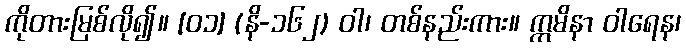
ကိုတားမြစ်လို၍။ [၀၁] (နိ-၁၆၂) ဝါ၊ တစ်နည်းကား။ ဣမိနာ ဝါရေန၊